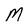
Character: M